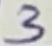
Text: 3